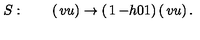
S : \qquad \left( \begin{matrix} { v } \\ { u } \\ \end{matrix} \right) \rightarrow \left( \begin{matrix} { 1 } & { - h } \\ { 0 } & { 1 } \\ \end{matrix} \right) \left( \begin{matrix} { v } \\ { u } \\ \end{matrix} \right) .